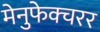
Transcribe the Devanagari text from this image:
मेनुफेक्चरर